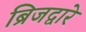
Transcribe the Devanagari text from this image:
ब्रिजद्वारे